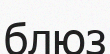
блюз